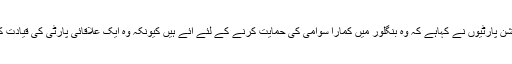
بیشتر اپوزیشن پارٹیوں نے کہاہے کہ وہ بنگلور میں کمارا سوامی کی حمایت کرنے کے لئے آئے ہیں کیونکہ وہ ایک علاقائی پارٹی کی قیادت کررہے ہیں۔